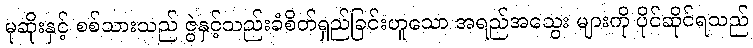
မုဆိုးနှင့် စစ်သားသည် ဇွဲနှင့်သည်းခံစိတ်ရှည်ခြင်းဟူသော အရည်အသွေး များကို ပိုင်ဆိုင်ရသည်